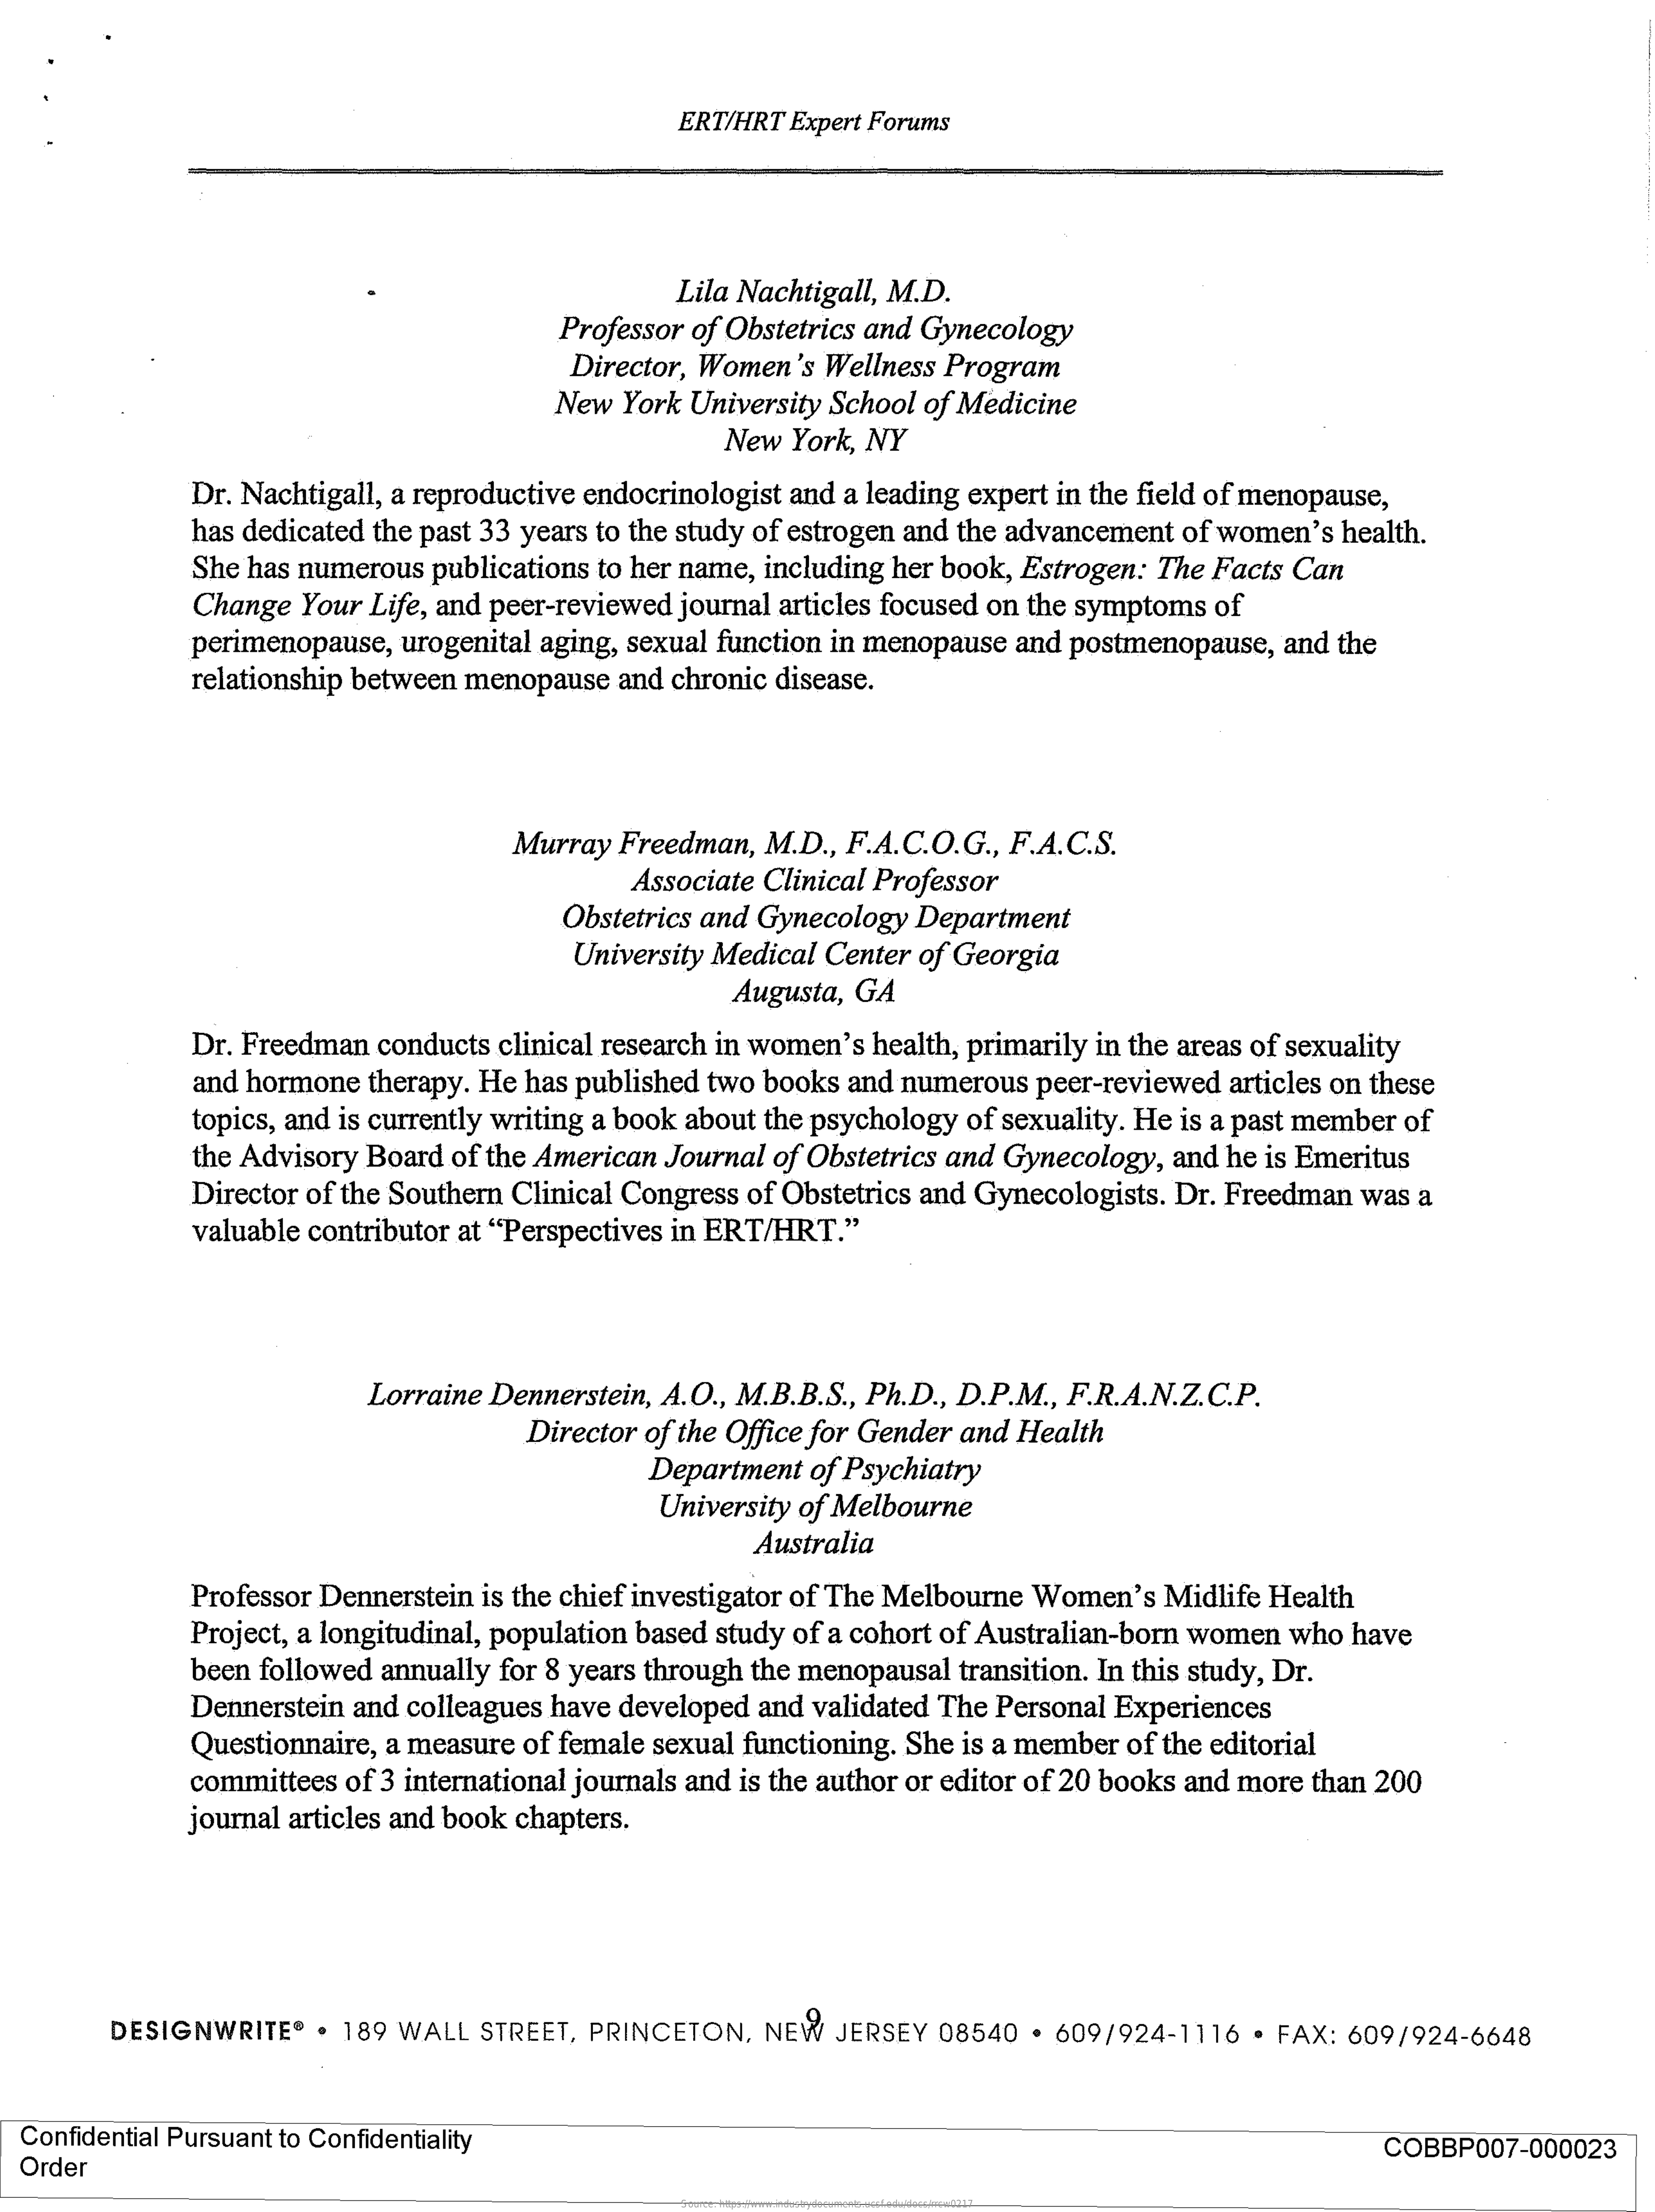
ERT/HRT Expert Forums
     Lila Nachtigall, M.D.
     Professor of Obstetrics and Gynecology
     Director, Women's Wellness Program
     New York University School of Medicine
     New York, NY
     Dr. Nachtigall, a reproductive endocrinologist and a leading expert in the field of menopause,
     has dedicated the past 33 years to the study of estrogen and the advancement of women's health.
     She has numerous publications to her name, including her book, Estrogen: The Facts Can
     Change Your Life, and peer-reviewed journal articles focused on the symptoms of
     perimenopause, urogenital aging, sexual function in menopause and postmenopause, and the
     relationship between menopause and chronic disease.
     Murray Freedman, M.D ., F.A.C.O.G ., F.A.C.S.
     Associate Clinical Professor
     Obstetrics and Gynecology Department
     University Medical Center of Georgia
     Augusta, GA
     Dr. Freedman conducts clinical research in women's health, primarily in the areas of sexuality
     and hormone therapy. He has published two books and numerous peer-reviewed articles on these
     topics, and is currently writing a book about the psychology of sexuality. He is a past member of
     the Advisory Board of the American Journal of Obstetrics and Gynecology, and he is Emeritus
     Director of the Southern Clinical Congress of Obstetrics and Gynecologists. Dr. Freedman was a
     valuable contributor at "Perspectives in ERT/HRT."
     Lorraine Dennerstein, A.O ., M.B.B.S ., Ph.D ., D.P.M ., F.R.A.N.Z.C.P.
     Director of the Office for Gender and Health
     Department of Psychiatry
     University of Melbourne
     Australia
     Professor Dennerstein is the chief investigator of The Melbourne Women's Midlife Health
     Project, a longitudinal, population based study of a cohort of Australian-born women who have
     been followed annually for 8 years through the menopausal transition. In this study, Dr.
     Dennerstein and colleagues have developed and validated The Personal Experiences
     Questionnaire, a measure of female sexual functioning. She is a member of the editorial
     committees of 3 international journals and is the author or editor of 20 books and more than 200
     journal articles and book chapters.
     DESIGNWRITE® . 189 WALL STREET, PRINCETON, NEW JERSEY 08540 . 609/924-1116 · FAX: 609/924-6648
  Confidential Pursuant to Confidentiality
  Order
     COBBP007-000023
     Source: https://www.industrydocuments.ucsf.edu/docs/rrcw0217